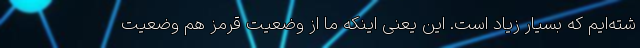
شته‌ایم که بسیار زیاد است. این یعنی اینکه ما از وضعیت قرمز هم وضعیت